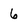
Character: 6